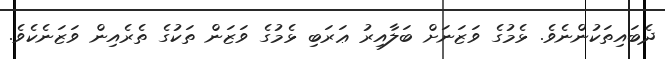
ދެބައިތަކުންނެވެ. ޅެމުގެ ވަޒަނަށް ބަލާއިރު ޢަރަބި ޅެމުގެ ވަޒަން ތަކުގެ ތެރެއިން ވަޒަނެކެވެ.